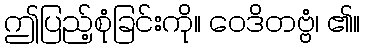
ဤပြည့်စုံခြင်းကို။ ဝေဒိတဗ္ဗံ၊ ၏။